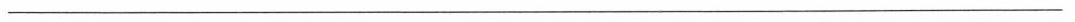
___